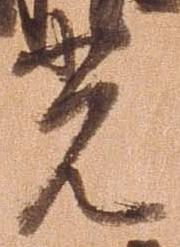
光